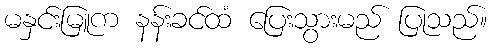
မနှင်းမြူက နန်းခင်ထံ ပြေးသွားမည် ပြုသည်။